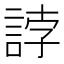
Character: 誖